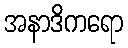
အနာဒိကရော